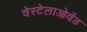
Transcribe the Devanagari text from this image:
वेस्टेलाओवेंड